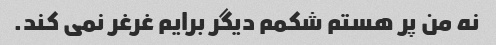
نه من پر هستم شکمم دیگر برایم غرغر نمی کند.